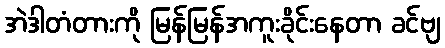
အဲဒါတံတားကို မြန်မြန်အကူးခိုင်းနေတာ ခင်ဗျ